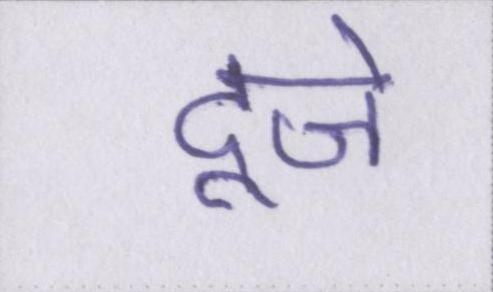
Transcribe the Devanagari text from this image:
दूजे